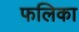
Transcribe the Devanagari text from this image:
फलिका